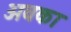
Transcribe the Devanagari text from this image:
अवका